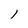
Character: l